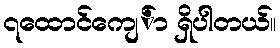
၇ထောင်ကျေ်ာ ရှိပါတယ်။